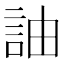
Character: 䛆